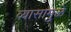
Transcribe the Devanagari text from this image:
व्यासामुळे